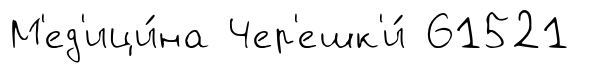
М'ед'ици́на Чер'ешк'и́ 61521